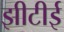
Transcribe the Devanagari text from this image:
झीटीई